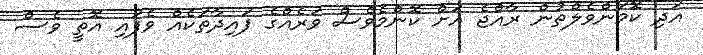
އަދި ކޮމަންވެލްތުން ރާއްޖެ އަށް ކޮންމެވެސް ވަރެއްގެ ފައިދާތަކެއް ވެފައި އޮތީ ވެސް